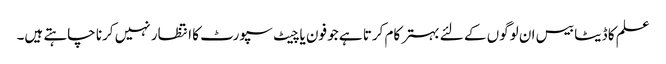
علم کا ڈیٹا بیس ان لوگوں کے لئے بہتر کام کرتا ہے جو فون یا چیٹ سپورٹ کا انتظار نہیں کرنا چاہتے ہیں۔